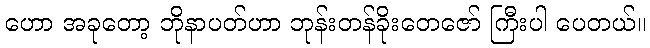
ဟော အခုတော့ ဘိုနာပတ်ဟာ ဘုန်းတန်ခိုးတေဇော် ကြီးပါ ပေတယ်။